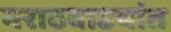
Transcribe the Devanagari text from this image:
मराठवाडयांत